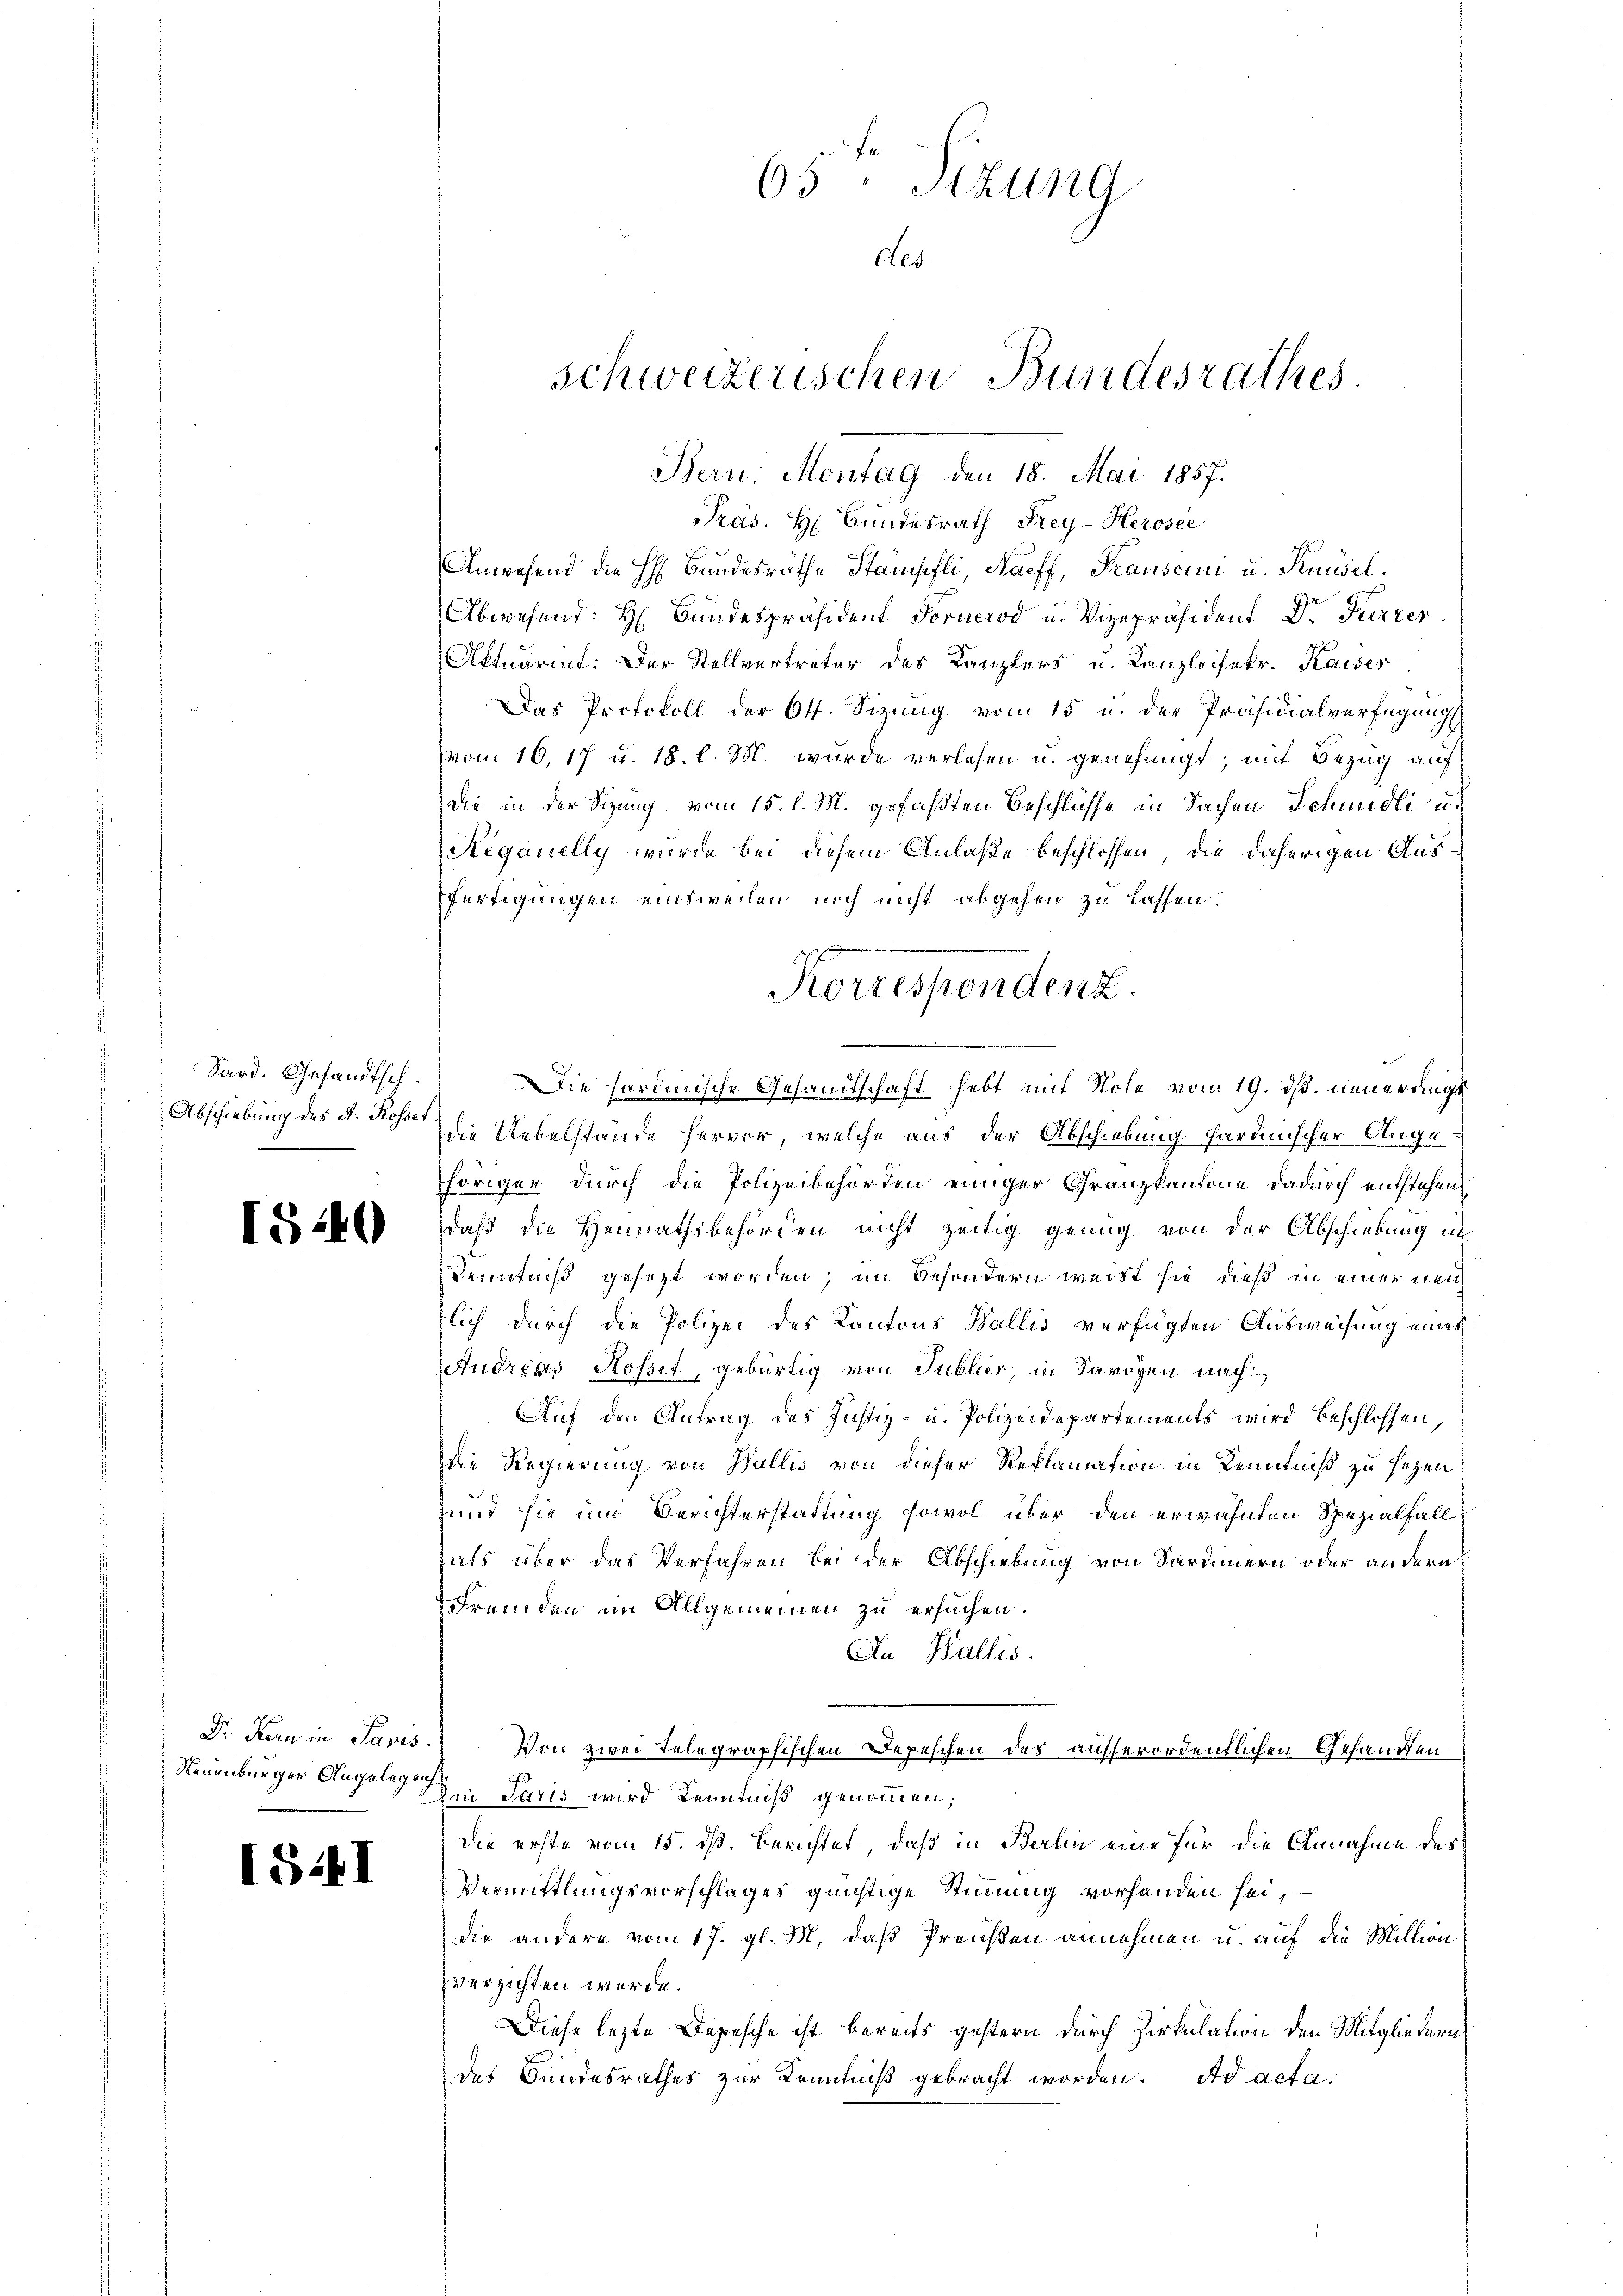
Sard. Gesandtsch.
Abschiebung des A. Rosset,

15240

Dr. Kern in Paris.
Neuenburger Angelegenh

I541

Präs. H. Bundesrath Frey-Herosee
Anwesend die H. Bundesräthe Stämpfli, Haeff, Tausein u. Knüsel.
Abwesend: Hr. Bundespräsident Fornerod u. Vizepräsident Dr. Furrer
Aktuariat. Der Stellvertreter des Kanzlers u. Kanzleisekr. Kaiser
Das Protokoll der Off. Sizung vom 15 u. der Präsidialverfügung
vom 16.17 u. 18. l. M. wurde verlesen u. genehmigt, mit Bezug auf
Die in der Sitzung vom 15. l. M. gefaßten Beschlüsse in Sachen Schmidli u.
Réganelly wurde bei diesem Anlaße beschlossen, die daherigen Aus¬
Fertigungen einsweilen noch nicht abgehen zu lassen.
Korrespondenz.
Die hardinische Gesandtschaft hebt mit Note vom 19. ds. neuerdings
die Uebelstande hervor, welche aus der Abschiebung hardinischer Angehöriger durch die Polizeibehörden einiger Granzkantone dadurch entstehen
daß die Heimathsbehörden nicht zeitig genug von der Abschiebung in
Kenntniß gesezt worden; im Besondern weißt sie dieß in einer neu
lich durch die Polizei des Kantons Wallis verfügten Ausweisung eines
Audreas Rosset, gebürtig von Publier, in Sarögen nach
Auf den Antrag des Justiz- u. Polizeidepartements wird beschlossen,
Die Regierung von Wallis von dieser Reklamation in Kenntniß zu sagen
und sie um Berichterstattung sowol über den erwähnten Spezialfall
als über das Verfahren bei der Abschiebung von Sardinern oder andern
Fremden im Allgemeinen zu ersuchen.
An Wallis.
Von zwei Telegraphischen Depeschen der ausserordentlichen Gesandten
m. Paris wird Kenntniß genommen,
die erste vom 15. dß. Berichtet, daß in Berlin eine für die Annahme des
Vermittlungsvorschlages günstige Stimmung vorhanden sei,
die andere vom 17. gl. M. daß Preisen annehmen u. auf die Million
zverzichten werde.
Diese lezte Depesche ist bereits gestern durch Zirkulation den Mitgliedern
des Bundesrathes zur Kenntniß gebracht worden. Ad acta

Bern, Montag den 18. Mai 1857.

65: Sizung
des
schweizerischen Bundesrathes